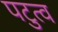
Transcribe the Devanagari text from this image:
पटुत्व